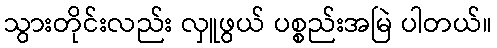
သွားတိုင်းလည်း လှူဖွယ် ပစ္စည်းအမြဲ ပါတယ်။